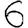
Digit: 6